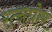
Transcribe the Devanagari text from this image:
रत्नघोष